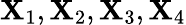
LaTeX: \mathbf{X}_{1},\mathbf{X}_{2},\mathbf{X}_{3},\mathbf{X}_{4}